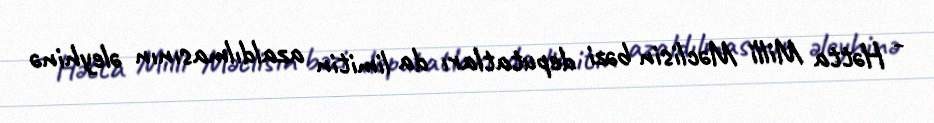
- Hətta Milli Məclisin bəzi deputatları da limitin azaldılmasının əleyhinə